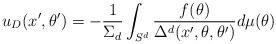
LaTeX: \begin{align*}u_D(x',\theta ')=-{1\over \Sigma_d}\int_{S^d}{f(\theta )\over \Delta^d(x', \theta , \theta ')}d\mu (\theta )\end{align*}